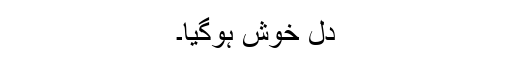
دل خوش ہوگیا۔